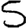
Digit: 5